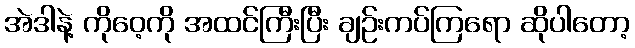
အဲဒါနဲ့ ကိုဝေ့ကို အထင်ကြီးပြီး ချဉ်းကပ်ကြရော ဆိုပါတော့